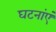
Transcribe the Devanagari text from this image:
घटनांएं